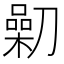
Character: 𠟯